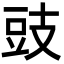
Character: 豉